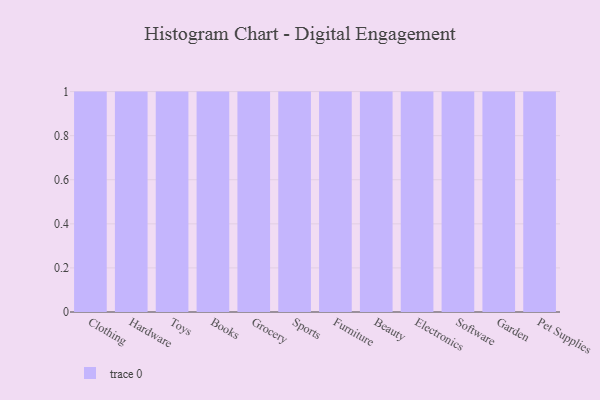
{"axis": {"x": "Category", "y": "Customer Acquisition Cost (USD)"}, "legend": [""], "data": [{"x": "Clothing", "y": 56, "type": ""}, {"x": "Hardware", "y": 64, "type": ""}, {"x": "Toys", "y": 51, "type": ""}, {"x": "Books", "y": 83, "type": ""}, {"x": "Grocery", "y": 21, "type": ""}, {"x": "Sports", "y": 22, "type": ""}, {"x": "Furniture", "y": 14, "type": ""}, {"x": "Beauty", "y": 81, "type": ""}, {"x": "Electronics", "y": 11, "type": ""}, {"x": "Software", "y": 76, "type": ""}, {"x": "Garden", "y": 69, "type": ""}, {"x": "Pet Supplies", "y": 59, "type": ""}]}